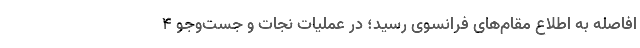
افاصله به اطلاع مقام‌های فرانسوی رسید؛ در عملیات نجات و جست‌و‌جو ۴